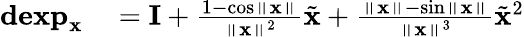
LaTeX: \begin{array}{rlr}{\mathbf{dexp}_{\mathbf{x}}}&{{}=\mathbf{I}+\frac{1-\cos\left\Vert\mathbf{x}\right\Vert}{\left\Vert\mathbf{x}\right\Vert^{2}}\tilde{\mathbf{x}}+\frac{\left\Vert\mathbf{x}\right\Vert-\sin\left\Vert\mathbf{x}\right\Vert}{\left\Vert\mathbf{x}\right\Vert^{3}}\tilde{\mathbf{x}}^{2}}\end{array}